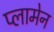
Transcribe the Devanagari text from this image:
प्लामेन